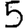
Digit: 5